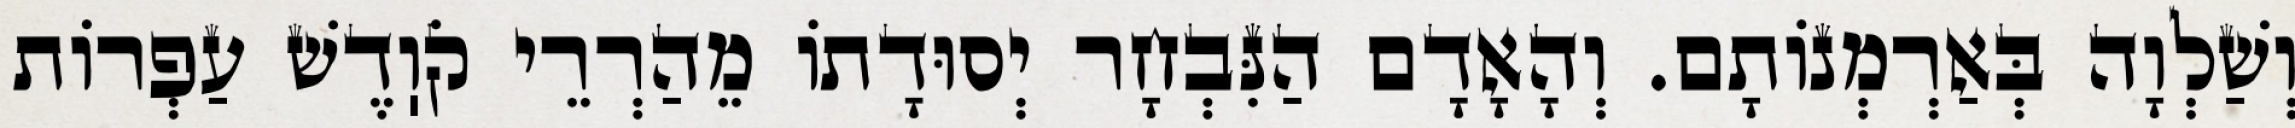
וְשַׁלְוָה בְּאַרְמְנוֹתָם. וְהָאָדָם הַנִּבְחָר יְסוּדָתוֹ מֵהַרְרֵי קֹוֽדֶשׁ עַפְרוֹת